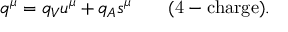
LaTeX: q ^ { \mu } = q _ { V } u ^ { \mu } + q _ { A } s ^ { \mu } \qquad \mathrm { ( 4 - c h a r g e ) . }